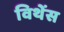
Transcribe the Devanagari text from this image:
विथेंस